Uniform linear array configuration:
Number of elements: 24
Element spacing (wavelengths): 1
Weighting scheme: exponential
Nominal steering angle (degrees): -45
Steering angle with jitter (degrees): -44.967
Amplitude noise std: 0.05
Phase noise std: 0.05

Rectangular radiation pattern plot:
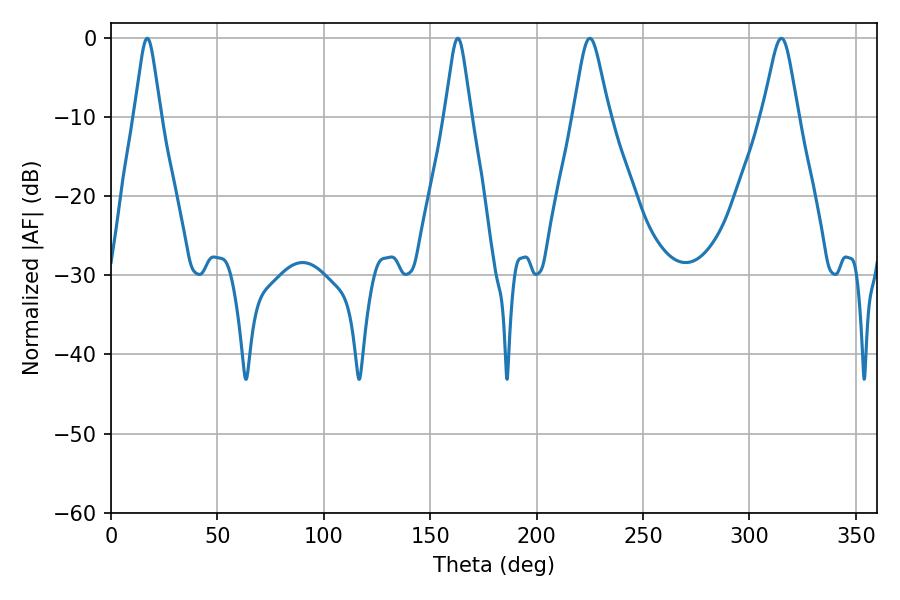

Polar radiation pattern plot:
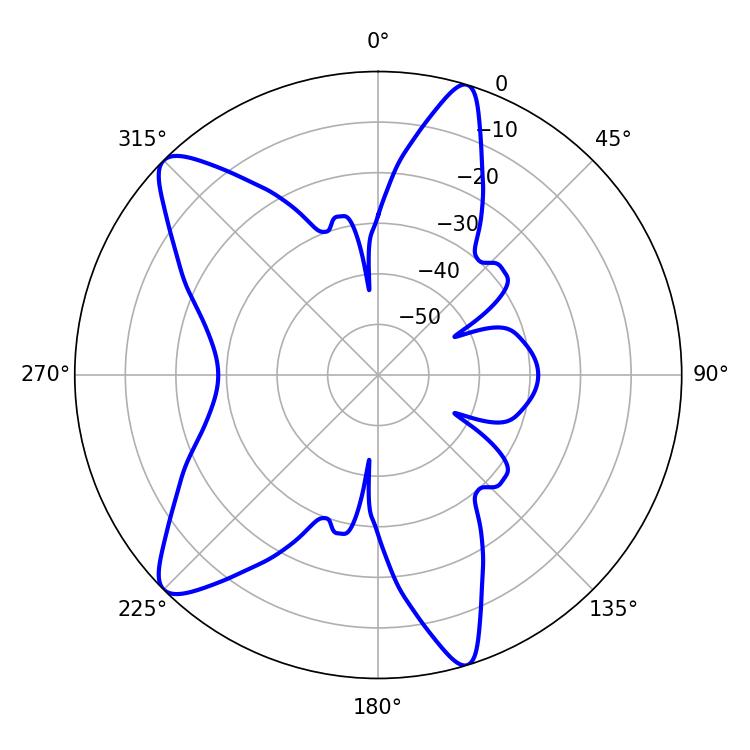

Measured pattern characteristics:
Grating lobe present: TRUE
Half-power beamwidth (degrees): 8.1
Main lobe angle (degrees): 225